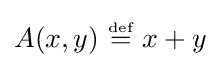
A(x,y)~{\stackrel {\scriptscriptstyle {\text{def}}}{=}}~x+y